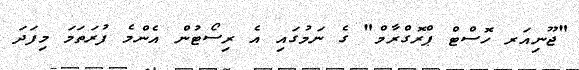
"ޖޫނިއަރ ހޮސްޓް ޕްރޮގްރާމް" ގެ ނަމުގައި އެ ރިސޯޓުން އެންމެ ފުރަތަމަ މިފަދަ